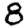
Digit: 8